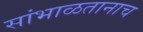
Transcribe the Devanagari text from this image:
सांभाळतानाच